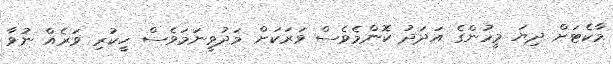
މާކެޓަށް ދިޔަ މީހުންގެ އަދަދު ކޮންމެވެސް ވަރަކަށް މަދުވީނަމަވެސް ހީކުރި ވަރެއް ނުވާ